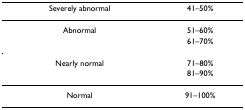
<table><thead><tr><td><b>Severely abnormal</b></td><td><b>41–50%</b></td></tr></thead><tbody><tr><td>Abnormal</td><td>51–60%</td></tr><tr><td></td><td>61–70%</td></tr><tr><td>Nearly normal</td><td>71–80%</td></tr><tr><td></td><td>81–90%</td></tr><tr><td>Normal</td><td>91–100%</td></tr></tbody></table>